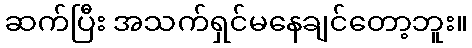
ဆက်ပြီး အသက်ရှင်မနေချင်တော့ဘူး။